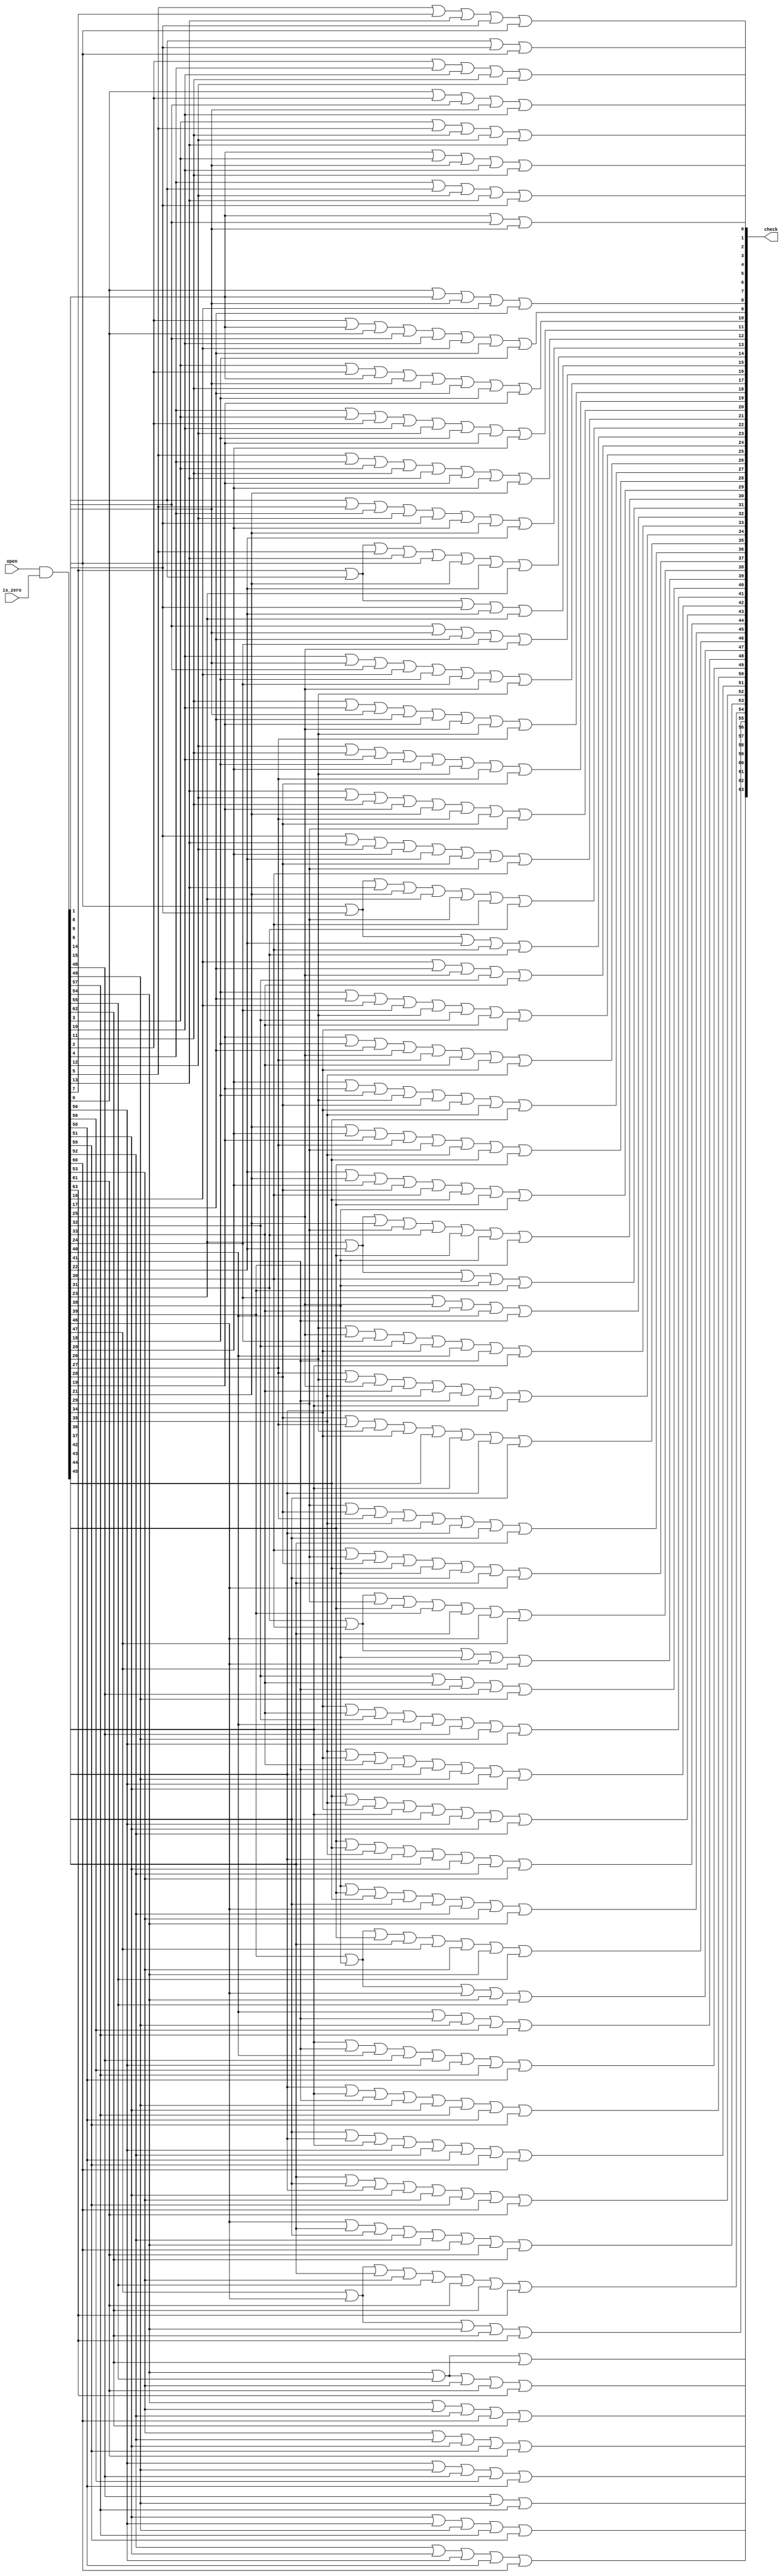
//==================================================================================================
//  Revision      : 
//  Company       : College of Information Science and Electronic Engineering, Zhejiang University
//
//  Description   : 8*8 round cal 
//
//
//==================================================================================================
module ms_round_check(/*autoport*/
//output
			check,
//input
			is_zero,
			open);
	input[63:0] is_zero;
	input[63:0] open;
	output[63:0] check;
	reg[63:0] check;
	wire[63:0] temp;
	assign temp=open&is_zero;
	integer i=0;
	always @(*) begin
		for(i=0;i<64;i=i+1) begin
			if(i==0) begin
				check[i]=
					            {temp[i+1]}|
					{temp[i+8]}|{temp[i+9]};
			end
			else if(i==7) begin
				check[i]=
					{temp[i-1]}|
					{temp[i+7]}|{temp[i+8]};
			end
			else if(i==56) begin
				check[i]=
					{temp[i-8]}|{temp[i-7]}|
					            {temp[i+1]};
			end
			else if(i==63) begin
				check[i]=
					{temp[i-9]}|{temp[i-8]}|
					{temp[i-1]};
			end
			else if(i/8==0) begin
				check[i]=
					{temp[i-1]}|{temp[i+1]}|
					{temp[i+7]}|{temp[i+8]}|{temp[i+9]};
			end
			else if(i/8==7) begin
				check[i]=
					{temp[i-7]}|{temp[i-8]}|{temp[i-9]}|
					{temp[i-1]}|{temp[i+1]};
			end
			else if(i%8==0) begin
				check[i]=
					{temp[i-8]}|{temp[i-7]}|
					                 {temp[i+1]}|
					{temp[i+8]}|{temp[i+9]};
			end
			else if(i%8==7) begin
				check[i]=
					{temp[i-8]}|{temp[i-9]}|
					{temp[i-1]}|
					{temp[i+7]}|{temp[i+8]};
			end
			else begin
				check[i]=
					{temp[i-7]}|{temp[i-8]}|{temp[i-9]}|
					{temp[i-1]}|{temp[i+1]}|
					{temp[i+7]}|{temp[i+8]}|{temp[i+9]};
			end
		end
	end
endmodule